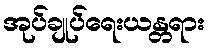
အုပ်ချုပ်ရေးယန္တရား